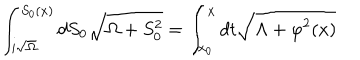
\int _ { i \sqrt \Omega } ^ { S _ { 0 } ( x ) } { d S _ { 0 } \sqrt { \Omega + S _ { 0 } ^ { 2 } } } = \int _ { x _ { 0 } } ^ { x } { d t \sqrt { \Lambda + \varphi ^ { 2 } ( x ) } }